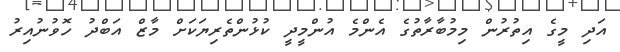
އަދި މީގެ އިތުރުން މިމުބާރާތުގެ އެންމެ އުންމީދީ ކުޅުންތެރިޔަކަށް މާޒް އަބްދު ހޮވުނުއިރު